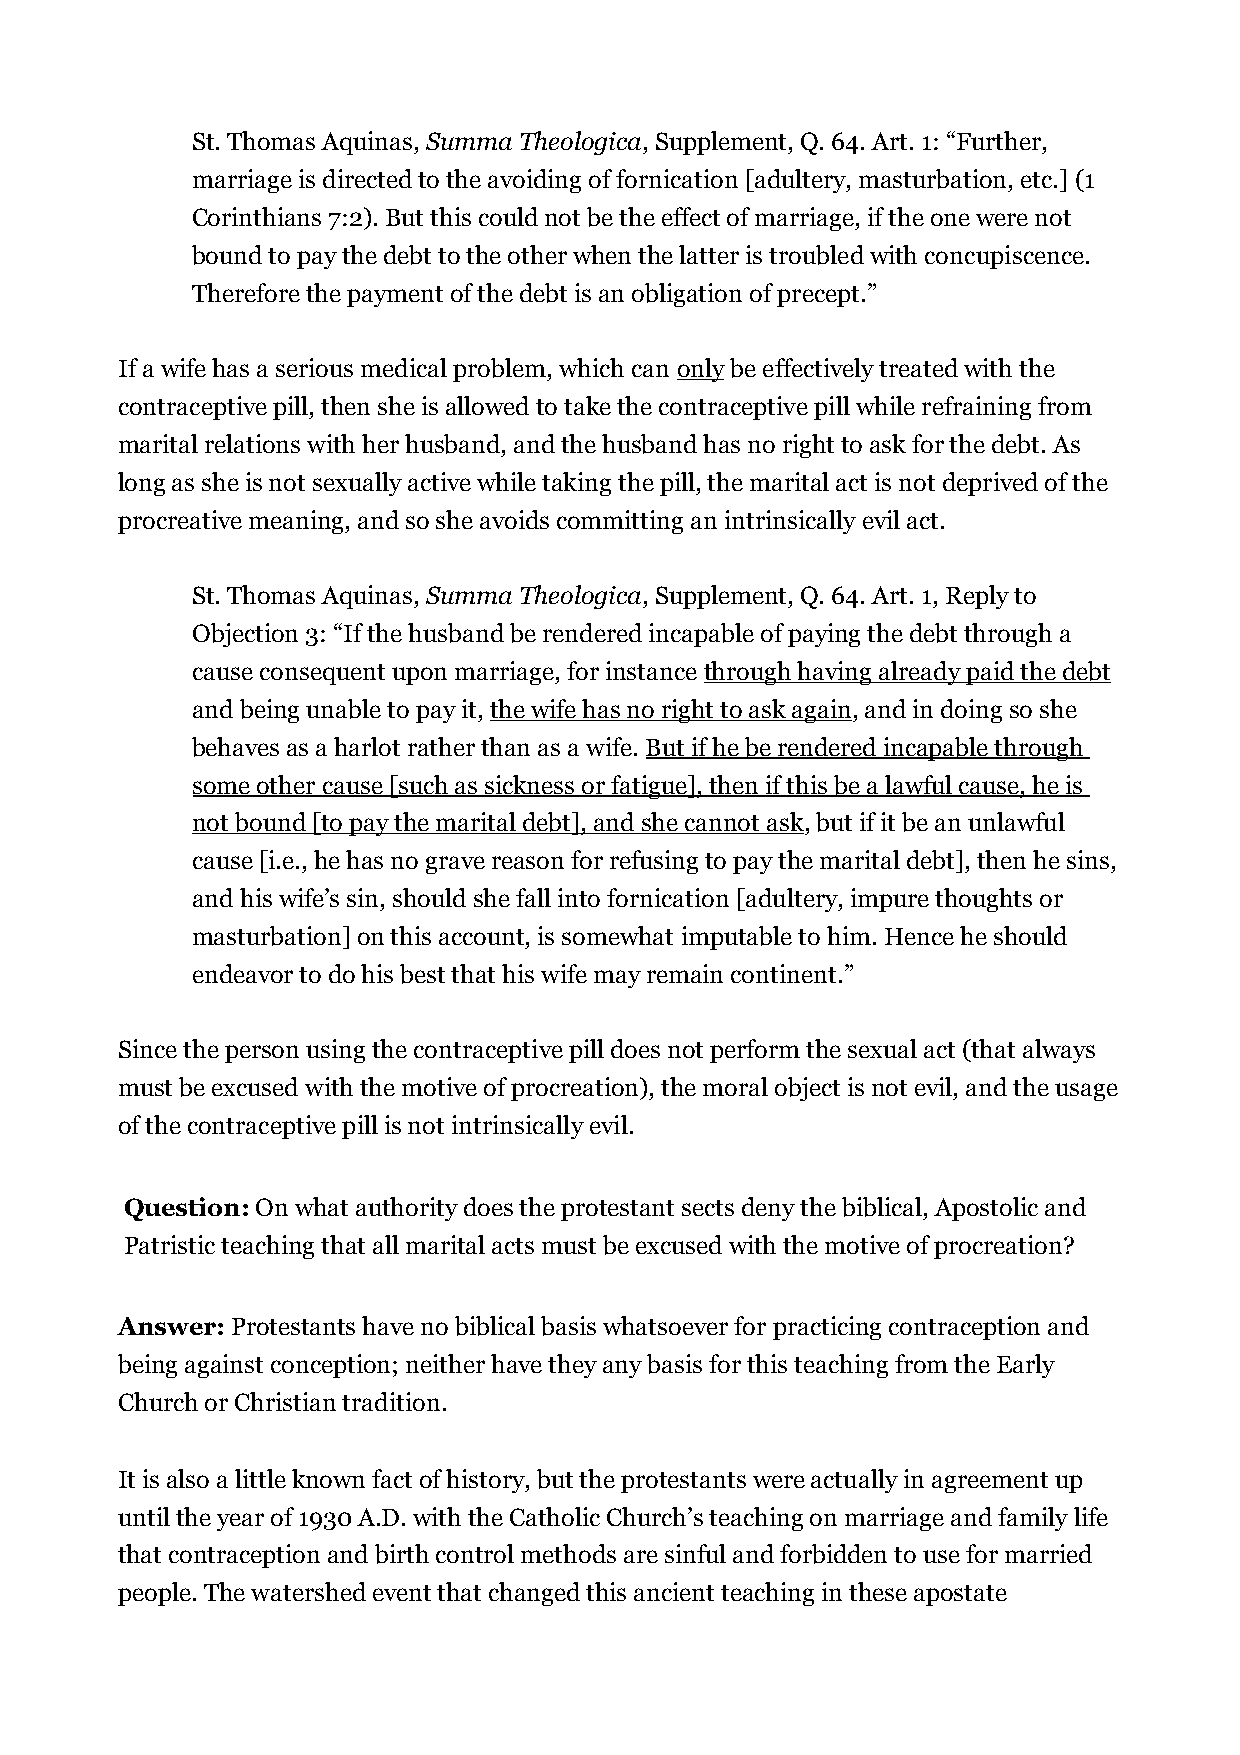
St. Thomas Aquinas, Summa Theologica, Supplement, Q. 64. Art. 1: “Further,
 marriage is directed to the avoiding of fornication [adultery, masturbation, etc.] (1
 Corinthians 7:2). But this could not be the effect of marriage, if the one were not
 bound to pay the debt to the other when the latter is troubled with concupiscence.
 Therefore the payment of the debt is an obligation of precept.”
 If a wife has a serious medical problem, which can only be effectively treated with the
 contraceptive pill, then she is allowed to take the contraceptive pill while refraining from
 marital relations with her husband, and the husband has no right to ask for the debt. As
 long as she is not sexually active while taking the pill, the marital act is not deprived of the
 procreative meaning, and so she avoids committing an intrinsically evil act.
 St. Thomas Aquinas, Summa Theologica, Supplement, Q. 64. Art. 1, Reply to
 Objection 3: “If the husband be rendered incapable of paying the debt through a
 cause consequent upon marriage, for instance through having already paid the debt
 and being unable to pay it, the wife has no right to ask again, and in doing so she
 behaves as a harlot rather than as a wife. But if he be rendered incapable through
 some other cause [such as sickness or fatigue], then if this be a lawful cause, he is
 not bound [to pay the marital debt], and she cannot ask, but if it be an unlawful
 cause [i.e., he has no grave reason for refusing to pay the marital debt], then he sins,
 and his wife’s sin, should she fall into fornication [adultery, impure thoughts or
 masturbation] on this account, is somewhat imputable to him. Hence he should
 endeavor to do his best that his wife may remain continent.”
 Since the person using the contraceptive pill does not perform the sexual act (that always
 must be excused with the motive of procreation), the moral object is not evil, and the usage
 of the contraceptive pill is not intrinsically evil.
 Question: On what authority does the protestant sects deny the biblical, Apostolic and
 Patristic teaching that all marital acts must be excused with the motive of procreation?
 Answer: Protestants have no biblical basis whatsoever for practicing contraception and
 being against conception; neither have they any basis for this teaching from the Early
 Church or Christian tradition.
 It is also a little known fact of history, but the protestants were actually in agreement up
 until the year of 1930 A.D. with the Catholic Church’s teaching on marriage and family life
 that contraception and birth control methods are sinful and forbidden to use for married
 people. The watershed event that changed this ancient teaching in these apostate